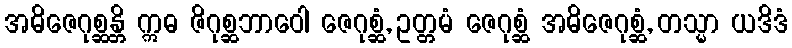
အဓိဇေဂုစ္ဆန္တိ ဣဓ ဇိဂုစ္ဆဘာဝေါ ဇေဂုစ္ဆံ, ဥတ္တမံ ဇေဂုစ္ဆံ အဓိဇေဂုစ္ဆံ, တသ္မာ ယဒိဒံ